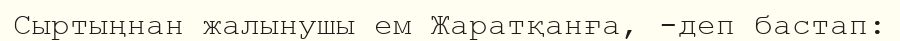
Сыртыңнан жалынушы ем Жаратқанға, -деп бастап: